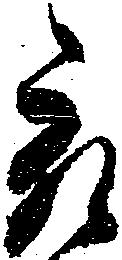
被